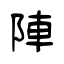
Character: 陣